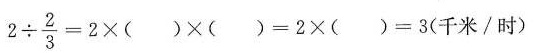
$$2 \div \frac { 2 } { 3 } =2 \times ( ) = 2 \times ( ) = 3$$(千米/时)